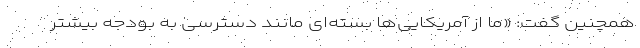
همچنین گفت: «ما از آمریکایی‌ها بسته‌ای مانند دسترسی به بودجه بیشتر